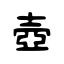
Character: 壺